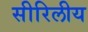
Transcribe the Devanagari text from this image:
सीरिलीय